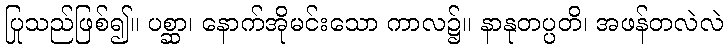
ပြုသည်ဖြစ်၍။ ပစ္ဆာ၊ နောက်အိုမင်းသော ကာလ၌။ နာနုတပ္ပတိ၊ အဖန်တလဲလဲ